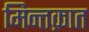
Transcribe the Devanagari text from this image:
मिन्तक़ात